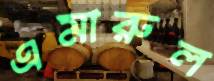
এমারুল